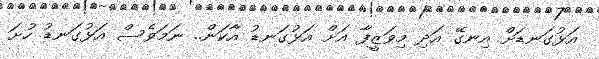
އަޅުގަނޑަށް އިނގޭ އަދި މިވަޒީފާ އަށް އަޅުގަނޑު އާކަން.. ނަމަވެސް އަޅުގަނޑު ހުށަ